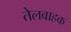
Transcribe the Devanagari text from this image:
तेलवाहक